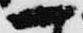
一